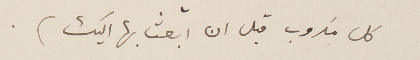
كل مكروب قبل ان ابعث بها اليك).